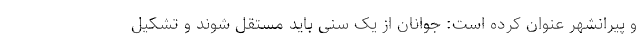
و پیرانشهر عنوان کرده است: جوانان از یک سنی باید مستقل شوند و تشکیل